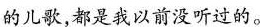
的儿歌，都是我以前没听过的。